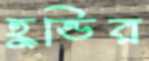
হুন্ডির